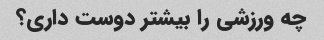
چه ورزشی را بیشتر دوست داری؟